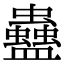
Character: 蠱